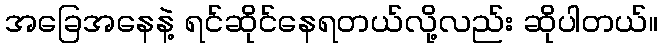
အခြေအနေနဲ့ ရင်ဆိုင်နေရတယ်လို့လည်း ဆိုပါတယ်။